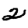
Digit: 2